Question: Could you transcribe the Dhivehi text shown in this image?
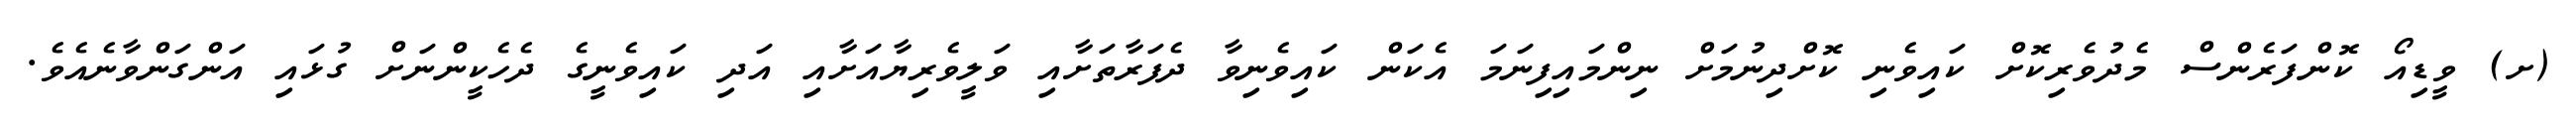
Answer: (ށ) ވީޑިއޯ ކޮންފަރެންސް މެދުވެރިކޮށް ކައިވެނި ކޮށްދިނުމަށް ނިންމައިފިނަމަ އެކަން ކައިވެނިވާ ދެފަރާތަށާއި ވަލީވެރިޔާއަށާއި އަދި ކައިވެނީގެ ދެހެކީންނަށް ގުޅައި އަންގަންވާނެއެވެ.